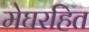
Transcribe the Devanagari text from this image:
मेघरहित